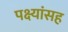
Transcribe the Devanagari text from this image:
पक्ष्यांसह